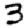
Digit: 3